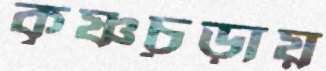
কৃষ্ণচূড়ায়